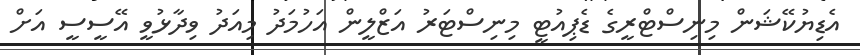
އެޑިޔުކޭޝަން މިނިސްޓްރީގެ ޑެޕިއުޓީ މިނިސްޓަރު އަޒްލީން އަހުމަދު މިއަދު ވިދާޅުވީ އޭސީސީ އަށް